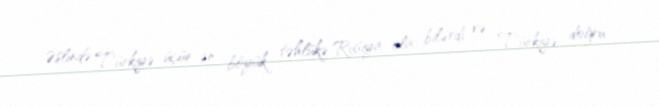
Əslində Türkiyə üçün ən böyük təhlükə Rusiya ola bilərdi və Türkiyə doğru